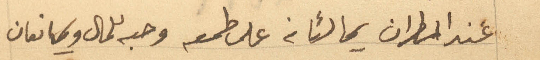
عند المطران يمالئانه على طمعه وحبه للمال ويمانعان